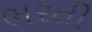
ભરતી